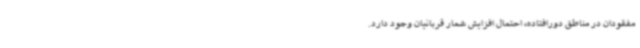
مفقودان در مناطق دورافتاده، احتمال افزایش شمار قربانیان وجود دارد.